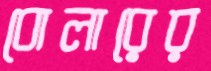
বোলারের